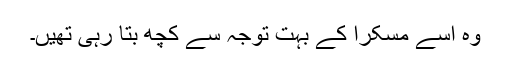
وہ اسے مسکرا کے بہت توجہ سے کچھ بتا رہی تھیں۔